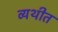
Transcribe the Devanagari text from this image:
व्यथीत